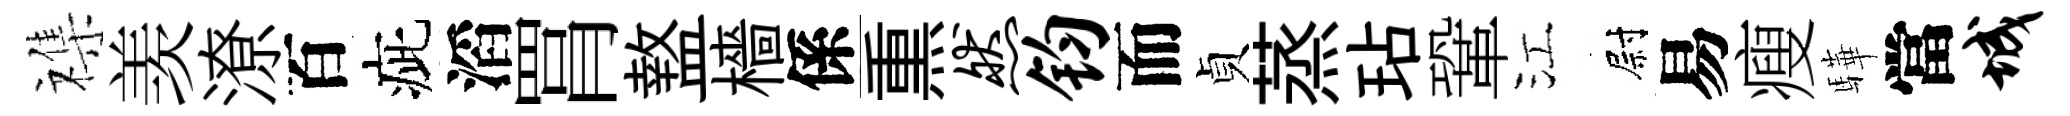
襍羡潦百疵滔罥盩檣係𤋱然钧而貞蒸玷鞏江尉易瘦驊當城